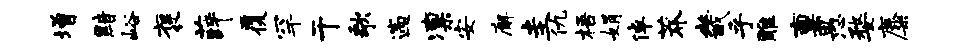
增黯峪褒薛覆罕干歌遄凛安廨圭仇梧娟倬莽畿乎雕禀愚婺麋